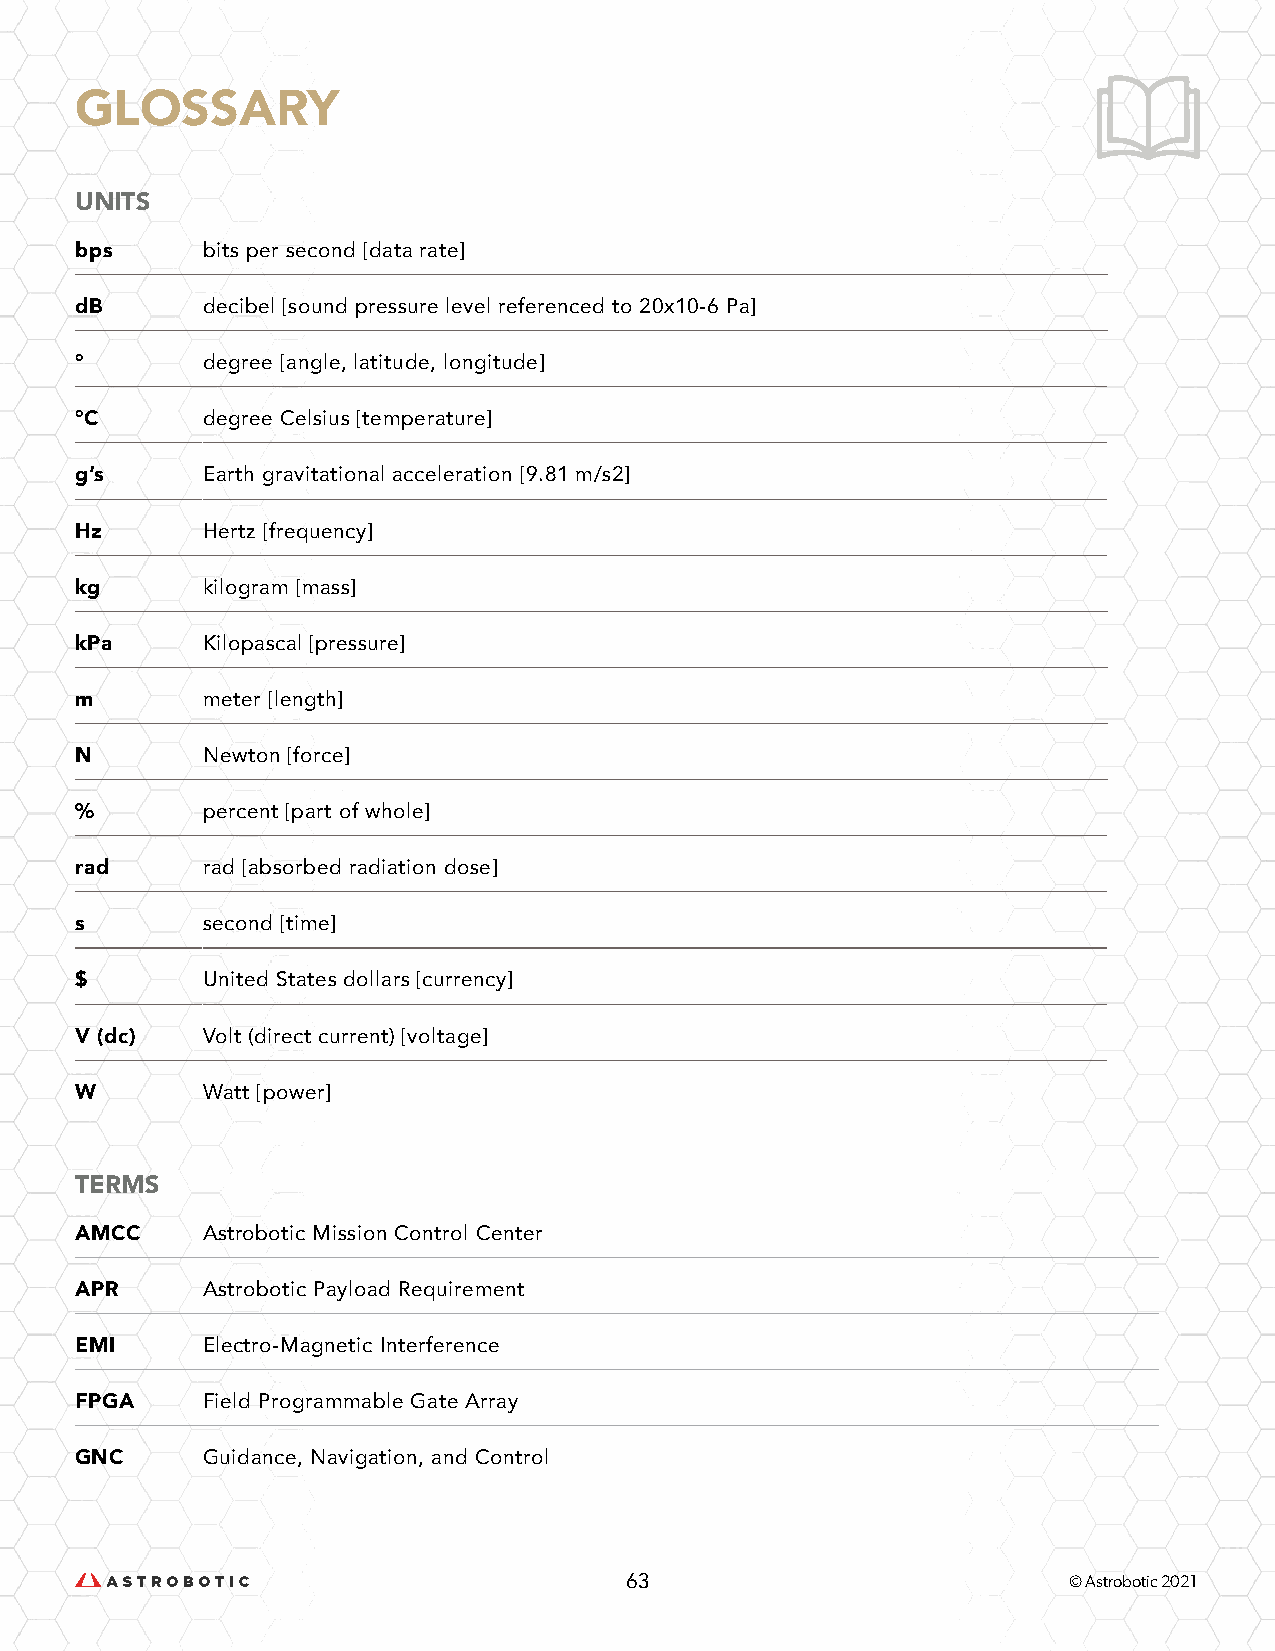
GLOSSARY
 UNITS
 bps     bits per second [data rate]
 dB      decibel [sound pressure level referenced to 20x10-6 Pa]
 °       degree [angle, latitude, longitude]
 °C      degree Celsius [temperature]
 g’s     Earth gravitational acceleration [9.81 m/s2]
 Hz      Hertz [frequency]
 kg      kilogram [mass]
 kPa     Kilopascal [pressure]
 m       meter [length]
 N       Newton [force]
 %       percent [part of whole]
 rad     rad [absorbed radiation dose]
 s       second [time]
 $       United States dollars [currency]
 V (dc)  Volt (direct current) [voltage]
 W       Watt [power]
 TERMS
 AMCC    Astrobotic Mission Control Center
 APR     Astrobotic Payload Requirement
 EMI     Electro-Magnetic Interference
 FPGA    Field Programmable Gate Array
 GNC     Guidance, Navigation, and Control
 63                            © Astrobotic 2021